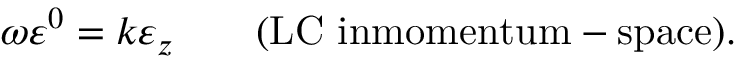
\omega \varepsilon ^ { 0 } = k \varepsilon _ { z } \qquad \mathrm { ( L C ~ i n m o m e n t u m - s p a c e ) } .